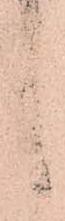
之